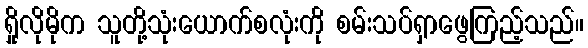
ရှိုလိုမိုက သူတို့သုံးယောက်စလုံးကို စမ်းသပ်ရှာဖွေကြည့်သည်။